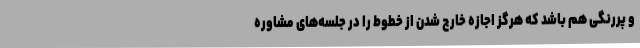
و پررنگی هم باشد که هرگز اجازه خارج شدن از خطوط را در جلسه‌های مشاوره